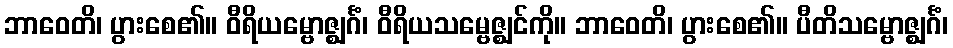
ဘာဝေတိ၊ ပွားစေ၏။ ဝီရိယမ္ဗောဇ္ဈင်္ဂံ၊ ဝီရိယသမ္ဗေဇ္ဈင်ကို။ ဘာဝေတိ၊ ပွားစေ၏။ ပီတိသမ္ဗောဇ္ဈင်္ဂံ၊